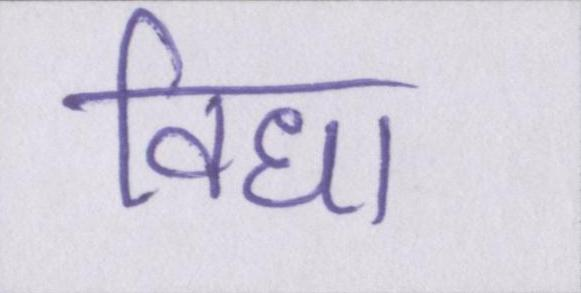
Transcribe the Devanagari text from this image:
विधा